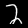
Label: 2